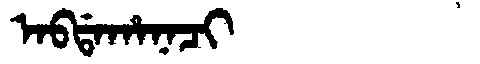
Manchu: ᠠᠪᡩᠠᡥᠠᠨᠠᠴᡳ
Romanization: ABDAHANACI